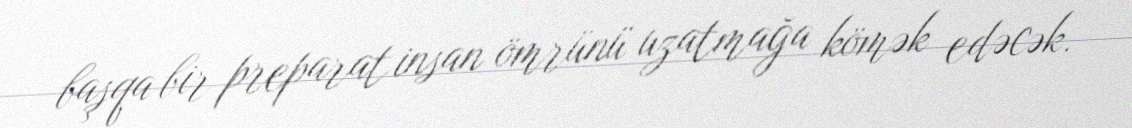
başqa bir preparat insan ömrünü uzatmağa kömək edəcək.